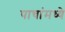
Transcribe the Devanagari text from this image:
पाचांमध्ये